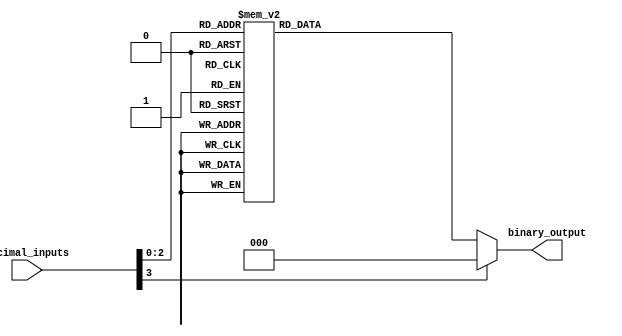
module priority_encoder (
    input [3:0] decimal_inputs,
    output reg [2:0] binary_output
);

always @* begin
    case (decimal_inputs)
        4'd0: binary_output = 3'b000;
        4'd1: binary_output = 3'b001;
        4'd2: binary_output = 3'b010;
        4'd3: binary_output = 3'b011;
        4'd4: binary_output = 3'b100;
        4'd5: binary_output = 3'b101;
        4'd6: binary_output = 3'b110;
        4'd7: binary_output = 3'b111;
        default: binary_output = 3'b000; // Default case for invalid inputs
    endcase
end

endmodule